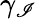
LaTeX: \gamma_{\mathscr{I}}